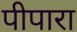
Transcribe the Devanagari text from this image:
पीपारा